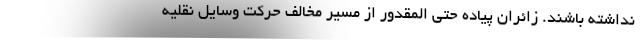
نداشته باشند. زائران پیاده حتی المقدور از مسیر مخالف حرکت وسایل نقلیه